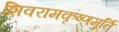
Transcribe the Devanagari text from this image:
शिवरामकृष्णमूर्ति